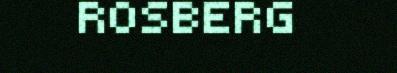
ROSBERG